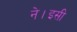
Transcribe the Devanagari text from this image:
ने।इसी